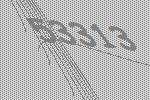
53313